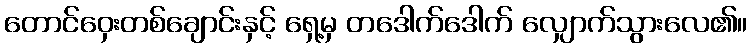
တောင်ဝှေးတစ်ချောင်းနှင့် ရှေ့မှ တဒေါက်ဒေါက် လျှောက်သွားလေ၏။